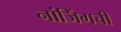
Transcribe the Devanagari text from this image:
नांजिंगची